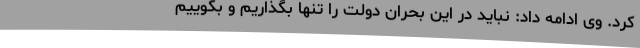
کرد. وی ادامه داد: نباید در این بحران دولت را تنها بگذاریم و بگوییم